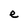
Character: e